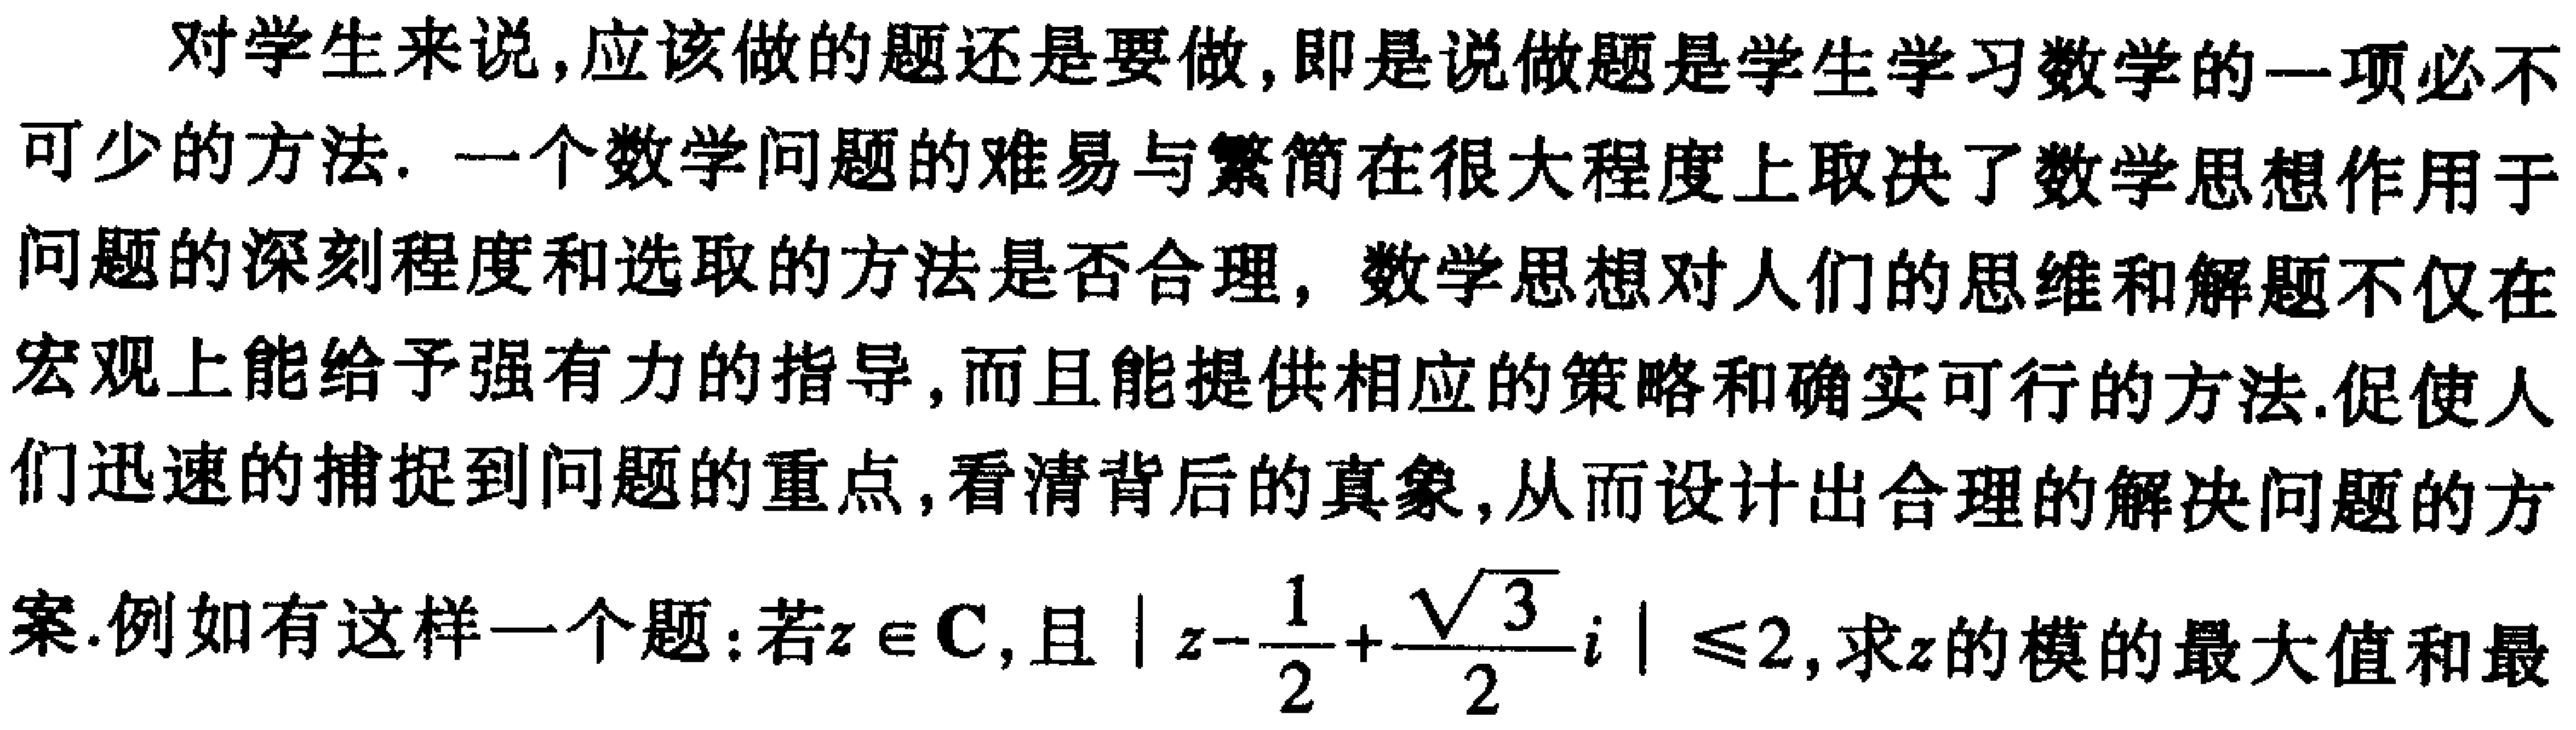
对学生来说,应该做的题还是要做,即是说做题是学生学习数学的一项必不可少的方法. 一个数学问题的难易与繁简在很大程度上取决了数学思想作用于问题的深刻程度和选取的方法是否合理, 数学思想对人们的思维和解题不仅在宏观上能给予强有力的指导,而且能提供相应的策略和确实可行的方法.促使人们迅速的捕捉到问题的重点,看清背后的真象,从而设计出合理的解决问题的方案.例如有这样一个题:若\(z \in \mathbf{C}\),且\(\left|z - \frac{1}{2} + \frac{\sqrt{3}}{2}i\right| \leq 2\),求\(z\)的模的最大值和最